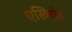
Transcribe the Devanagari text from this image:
एखिये॥